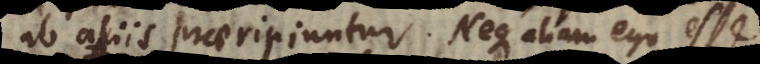
ab aliis praeripiuntur. Neque aliam ego summ